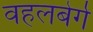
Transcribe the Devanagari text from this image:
वहलबेर्ग